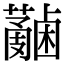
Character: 𧄋